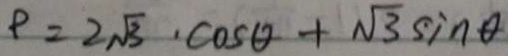
P = 2 \sqrt { 3 } \cdot \cos \theta + \sqrt { 3 } \sin \theta